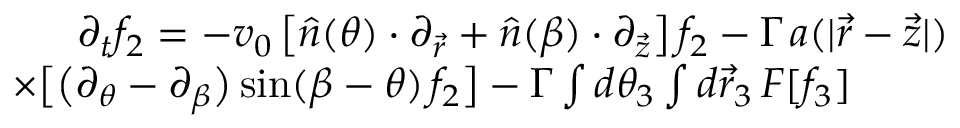
\begin{array} { r l r } & { } & { \partial _ { t } f _ { 2 } = - v _ { 0 } \left[ \hat { n } ( \theta ) \cdot \partial _ { \vec { r } } + \hat { n } ( \beta ) \cdot \partial _ { \vec { z } } \right] f _ { 2 } - \Gamma \, a ( | \vec { r } - \vec { z } | ) } \\ & { } & { \times \big [ \big ( \partial _ { \theta } - \partial _ { \beta } \big ) \, \mathrm { s i n } ( \beta - \theta ) \, f _ { 2 } \big ] - \Gamma \int d \theta _ { 3 } \int d \vec { r } _ { 3 } \, F [ f _ { 3 } ] ~ ~ ~ ~ ~ ~ ~ } \end{array}